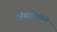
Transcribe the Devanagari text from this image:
ॲथॉरिटीचे